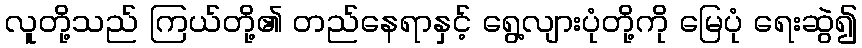
လူတို့သည် ကြယ်တို့၏ တည်နေရာနှင့် ရွေ့လျားပုံတို့ကို မြေပုံ ရေးဆွဲ၍